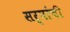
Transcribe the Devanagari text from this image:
सर्पांची